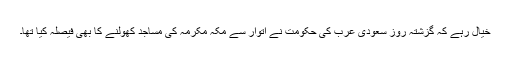
خیال رہے کہ گزشتہ روز سعودی عرب کی حکومت نے اتوار سے مکہ مکرمہ کی مساجد کھولنے کا بھی فیصلہ کیا تھا۔